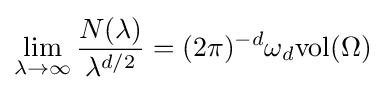
\lim _{\lambda \rightarrow \infty }{\frac {N(\lambda )}{\lambda ^{d/2}}}=(2\pi )^{-d}\omega _{d}\mathrm {vol} (\Omega )